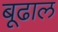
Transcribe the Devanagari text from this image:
बूढाल